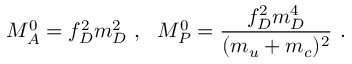
{ \cal M } _ { A } ^ { 0 } = f _ { D } ^ { 2 } m _ { D } ^ { 2 } ~ , ~ ~ { \cal M } _ { P } ^ { 0 } = \frac { f _ { D } ^ { 2 } m _ { D } ^ { 4 } } { ( m _ { u } + m _ { c } ) ^ { 2 } } ~ .